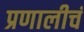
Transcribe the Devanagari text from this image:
प्रणालीचं